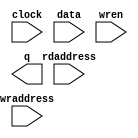
// megafunction wizard: %RAM: 2-PORT%VBB%
// GENERATION: STANDARD
// VERSION: WM1.0
// MODULE: altsyncram 

// ============================================================
// Megafunction Name(s):
// 			altsyncram
//
// Simulation Library Files(s):
// 			altera_mf
// ============================================================
// ************************************************************
// THIS IS A WIZARD-GENERATED FILE. DO NOT EDIT THIS FILE!
//
// 15.1.0 Build 185 10/21/2015 SJ Standard Edition
// ************************************************************

//Copyright (C) 1991-2015 Altera Corporation. All rights reserved.
//Your use of Altera Corporation's design tools, logic functions 
//and other software and tools, and its AMPP partner logic 
//functions, and any output files from any of the foregoing 
//(including device programming or simulation files), and any 
//associated documentation or information are expressly subject 
//to the terms and conditions of the Altera Program License 
//Subscription Agreement, the Altera Quartus Prime License Agreement,
//the Altera MegaCore Function License Agreement, or other 
//applicable license agreement, including, without limitation, 
//that your use is for the sole purpose of programming logic 
//devices manufactured by Altera and sold by Altera or its 
//authorized distributors.  Please refer to the applicable 
//agreement for further details.
`timescale 1ns/1ps

module bram2m (
	clock,
	data,
	rdaddress,
	wraddress,
	wren,
	q);

	input	  clock;
	input	[4095:0]  data;
	input	[8:0]  rdaddress;
	input	[8:0]  wraddress;
	input	  wren;
	output	[4095:0]  q;
`ifndef ALTERA_RESERVED_QIS
// synopsys translate_off
`endif
	tri1	  clock;
	tri0	  wren;
`ifndef ALTERA_RESERVED_QIS
// synopsys translate_on
`endif

endmodule

// ============================================================
// CNX file retrieval info
// ============================================================
// Retrieval info: PRIVATE: ADDRESSSTALL_A NUMERIC "0"
// Retrieval info: PRIVATE: ADDRESSSTALL_B NUMERIC "0"
// Retrieval info: PRIVATE: BYTEENA_ACLR_A NUMERIC "0"
// Retrieval info: PRIVATE: BYTEENA_ACLR_B NUMERIC "0"
// Retrieval info: PRIVATE: BYTE_ENABLE_A NUMERIC "0"
// Retrieval info: PRIVATE: BYTE_ENABLE_B NUMERIC "0"
// Retrieval info: PRIVATE: BYTE_SIZE NUMERIC "8"
// Retrieval info: PRIVATE: BlankMemory NUMERIC "1"
// Retrieval info: PRIVATE: CLOCK_ENABLE_INPUT_A NUMERIC "0"
// Retrieval info: PRIVATE: CLOCK_ENABLE_INPUT_B NUMERIC "0"
// Retrieval info: PRIVATE: CLOCK_ENABLE_OUTPUT_A NUMERIC "0"
// Retrieval info: PRIVATE: CLOCK_ENABLE_OUTPUT_B NUMERIC "0"
// Retrieval info: PRIVATE: CLRdata NUMERIC "0"
// Retrieval info: PRIVATE: CLRq NUMERIC "0"
// Retrieval info: PRIVATE: CLRrdaddress NUMERIC "0"
// Retrieval info: PRIVATE: CLRrren NUMERIC "0"
// Retrieval info: PRIVATE: CLRwraddress NUMERIC "0"
// Retrieval info: PRIVATE: CLRwren NUMERIC "0"
// Retrieval info: PRIVATE: Clock NUMERIC "0"
// Retrieval info: PRIVATE: Clock_A NUMERIC "0"
// Retrieval info: PRIVATE: Clock_B NUMERIC "0"
// Retrieval info: PRIVATE: IMPLEMENT_IN_LES NUMERIC "0"
// Retrieval info: PRIVATE: INDATA_ACLR_B NUMERIC "0"
// Retrieval info: PRIVATE: INDATA_REG_B NUMERIC "0"
// Retrieval info: PRIVATE: INIT_FILE_LAYOUT STRING "PORT_B"
// Retrieval info: PRIVATE: INIT_TO_SIM_X NUMERIC "0"
// Retrieval info: PRIVATE: INTENDED_DEVICE_FAMILY STRING "Stratix V"
// Retrieval info: PRIVATE: JTAG_ENABLED NUMERIC "0"
// Retrieval info: PRIVATE: JTAG_ID STRING "NONE"
// Retrieval info: PRIVATE: MAXIMUM_DEPTH NUMERIC "512"
// Retrieval info: PRIVATE: MEMSIZE NUMERIC "2097152"
// Retrieval info: PRIVATE: MEM_IN_BITS NUMERIC "0"
// Retrieval info: PRIVATE: MIFfilename STRING ""
// Retrieval info: PRIVATE: OPERATION_MODE NUMERIC "2"
// Retrieval info: PRIVATE: OUTDATA_ACLR_B NUMERIC "0"
// Retrieval info: PRIVATE: OUTDATA_REG_B NUMERIC "1"
// Retrieval info: PRIVATE: RAM_BLOCK_TYPE NUMERIC "2"
// Retrieval info: PRIVATE: READ_DURING_WRITE_MODE_MIXED_PORTS NUMERIC "1"
// Retrieval info: PRIVATE: READ_DURING_WRITE_MODE_PORT_A NUMERIC "1"
// Retrieval info: PRIVATE: READ_DURING_WRITE_MODE_PORT_B NUMERIC "3"
// Retrieval info: PRIVATE: REGdata NUMERIC "1"
// Retrieval info: PRIVATE: REGq NUMERIC "1"
// Retrieval info: PRIVATE: REGrdaddress NUMERIC "1"
// Retrieval info: PRIVATE: REGrren NUMERIC "1"
// Retrieval info: PRIVATE: REGwraddress NUMERIC "1"
// Retrieval info: PRIVATE: REGwren NUMERIC "1"
// Retrieval info: PRIVATE: SYNTH_WRAPPER_GEN_POSTFIX STRING "0"
// Retrieval info: PRIVATE: USE_DIFF_CLKEN NUMERIC "0"
// Retrieval info: PRIVATE: UseDPRAM NUMERIC "1"
// Retrieval info: PRIVATE: VarWidth NUMERIC "0"
// Retrieval info: PRIVATE: WIDTH_READ_A NUMERIC "4096"
// Retrieval info: PRIVATE: WIDTH_READ_B NUMERIC "4096"
// Retrieval info: PRIVATE: WIDTH_WRITE_A NUMERIC "4096"
// Retrieval info: PRIVATE: WIDTH_WRITE_B NUMERIC "4096"
// Retrieval info: PRIVATE: WRADDR_ACLR_B NUMERIC "0"
// Retrieval info: PRIVATE: WRADDR_REG_B NUMERIC "0"
// Retrieval info: PRIVATE: WRCTRL_ACLR_B NUMERIC "0"
// Retrieval info: PRIVATE: enable NUMERIC "0"
// Retrieval info: PRIVATE: rden NUMERIC "0"
// Retrieval info: LIBRARY: altera_mf altera_mf.altera_mf_components.all
// Retrieval info: CONSTANT: ADDRESS_ACLR_B STRING "NONE"
// Retrieval info: CONSTANT: ADDRESS_REG_B STRING "CLOCK0"
// Retrieval info: CONSTANT: CLOCK_ENABLE_INPUT_A STRING "BYPASS"
// Retrieval info: CONSTANT: CLOCK_ENABLE_INPUT_B STRING "BYPASS"
// Retrieval info: CONSTANT: CLOCK_ENABLE_OUTPUT_B STRING "BYPASS"
// Retrieval info: CONSTANT: INTENDED_DEVICE_FAMILY STRING "Stratix V"
// Retrieval info: CONSTANT: LPM_TYPE STRING "altsyncram"
// Retrieval info: CONSTANT: MAXIMUM_DEPTH NUMERIC "512"
// Retrieval info: CONSTANT: NUMWORDS_A NUMERIC "512"
// Retrieval info: CONSTANT: NUMWORDS_B NUMERIC "512"
// Retrieval info: CONSTANT: OPERATION_MODE STRING "DUAL_PORT"
// Retrieval info: CONSTANT: OUTDATA_ACLR_B STRING "NONE"
// Retrieval info: CONSTANT: OUTDATA_REG_B STRING "CLOCK0"
// Retrieval info: CONSTANT: POWER_UP_UNINITIALIZED STRING "FALSE"
// Retrieval info: CONSTANT: RAM_BLOCK_TYPE STRING "M20K"
// Retrieval info: CONSTANT: READ_DURING_WRITE_MODE_MIXED_PORTS STRING "OLD_DATA"
// Retrieval info: CONSTANT: WIDTHAD_A NUMERIC "9"
// Retrieval info: CONSTANT: WIDTHAD_B NUMERIC "9"
// Retrieval info: CONSTANT: WIDTH_A NUMERIC "4096"
// Retrieval info: CONSTANT: WIDTH_B NUMERIC "4096"
// Retrieval info: CONSTANT: WIDTH_BYTEENA_A NUMERIC "1"
// Retrieval info: USED_PORT: clock 0 0 0 0 INPUT VCC "clock"
// Retrieval info: USED_PORT: data 0 0 4096 0 INPUT NODEFVAL "data[4095..0]"
// Retrieval info: USED_PORT: q 0 0 4096 0 OUTPUT NODEFVAL "q[4095..0]"
// Retrieval info: USED_PORT: rdaddress 0 0 9 0 INPUT NODEFVAL "rdaddress[8..0]"
// Retrieval info: USED_PORT: wraddress 0 0 9 0 INPUT NODEFVAL "wraddress[8..0]"
// Retrieval info: USED_PORT: wren 0 0 0 0 INPUT GND "wren"
// Retrieval info: CONNECT: @address_a 0 0 9 0 wraddress 0 0 9 0
// Retrieval info: CONNECT: @address_b 0 0 9 0 rdaddress 0 0 9 0
// Retrieval info: CONNECT: @clock0 0 0 0 0 clock 0 0 0 0
// Retrieval info: CONNECT: @data_a 0 0 4096 0 data 0 0 4096 0
// Retrieval info: CONNECT: @wren_a 0 0 0 0 wren 0 0 0 0
// Retrieval info: CONNECT: q 0 0 4096 0 @q_b 0 0 4096 0
// Retrieval info: GEN_FILE: TYPE_NORMAL bram2m.v TRUE
// Retrieval info: GEN_FILE: TYPE_NORMAL bram2m.inc FALSE
// Retrieval info: GEN_FILE: TYPE_NORMAL bram2m.cmp FALSE
// Retrieval info: GEN_FILE: TYPE_NORMAL bram2m.bsf FALSE
// Retrieval info: GEN_FILE: TYPE_NORMAL bram2m_inst.v FALSE
// Retrieval info: GEN_FILE: TYPE_NORMAL bram2m_bb.v TRUE
// Retrieval info: LIB_FILE: altera_mf